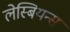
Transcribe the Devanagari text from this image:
लेस्बियन्स